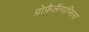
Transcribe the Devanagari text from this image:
प्रोफ़ैलैंगाप्सिस